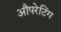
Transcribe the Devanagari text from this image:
औपरेटिंग